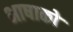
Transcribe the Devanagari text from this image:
भाषाको